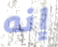
إنه